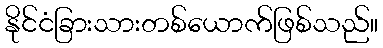
နိုင်ငံခြားသားတစ်ယောက်ဖြစ်သည်။